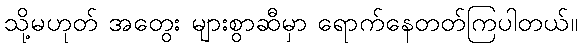
သို့မဟုတ် အတွေး များစွာဆီမှာ ရောက်နေတတ်ကြပါတယ်။